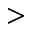
\mathrm { > }